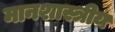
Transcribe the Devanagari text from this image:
मानशास्त्रीय